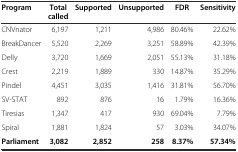
<table><thead><tr><td><b>Program</b></td><td><b>Total called</b></td><td><b>Supported</b></td><td><b>Unsupported</b></td><td><b>FDR</b></td><td><b>Sensitivity</b></td></tr></thead><tbody><tr><td>CNVnator</td><td>6,197</td><td>1,211</td><td>4,986</td><td>80.46%</td><td>22.62%</td></tr><tr><td>BreakDancer</td><td>5,520</td><td>2,269</td><td>3,251</td><td>58.89%</td><td>42.39%</td></tr><tr><td>Delly</td><td>3,720</td><td>1,669</td><td>2,051</td><td>55.13%</td><td>31.18%</td></tr><tr><td>Crest</td><td>2,219</td><td>1,889</td><td>330</td><td>14.87%</td><td>35.29%</td></tr><tr><td>Pindel</td><td>4,451</td><td>3,035</td><td>1,416</td><td>31.81%</td><td>56.70%</td></tr><tr><td>SV-STAT</td><td>892</td><td>876</td><td>16</td><td>1.79%</td><td>16.36%</td></tr><tr><td>Tiresias</td><td>1,347</td><td>417</td><td>930</td><td>69.04%</td><td>7.79%</td></tr><tr><td>Spiral</td><td>1,881</td><td>1,824</td><td>57</td><td>3.03%</td><td>34.07%</td></tr><tr><td><b>Parliament</b></td><td><b>3,082</b></td><td><b>2,852</b></td><td><b>258</b></td><td><b>8.37%</b></td><td><b>57.34%</b></td></tr></tbody></table>